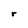
Character: r